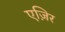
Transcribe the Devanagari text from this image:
एज़िर